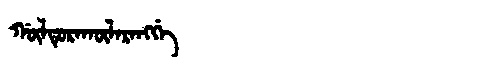
Manchu: ᡤᡡᠯᡨᡠᡵᠠᡴᡡᠯᠠᡵᠠᠩᡤᡝ
Romanization: GŪLTURAKŪLARANGGE